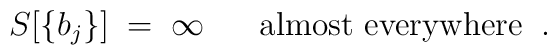
S[\{b_j\}] \; = \; \infty \; \; \; \; \; \; \mbox{almost everywhere} \; \; .